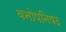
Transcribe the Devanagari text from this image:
वनोपनिषद